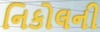
નિકોલની